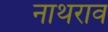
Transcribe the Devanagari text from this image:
नाथराव